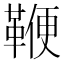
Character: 鞭